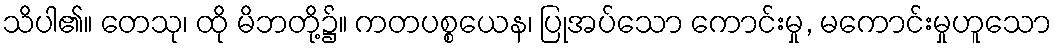
သိပါ၏။ တေသု၊ ထို မိဘတို့၌။ ကတပစ္စယေန၊ ပြုအပ်သော ကောင်းမှု, မကောင်းမှုဟူသော